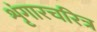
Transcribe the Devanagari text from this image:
शृंगारचरित्र